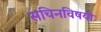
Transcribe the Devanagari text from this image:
सचिनविषयी